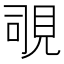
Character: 覗